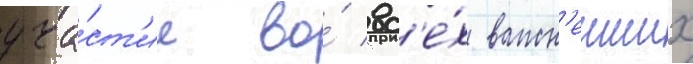
уча́ст'ие во́ вс'е́х важн'еиших